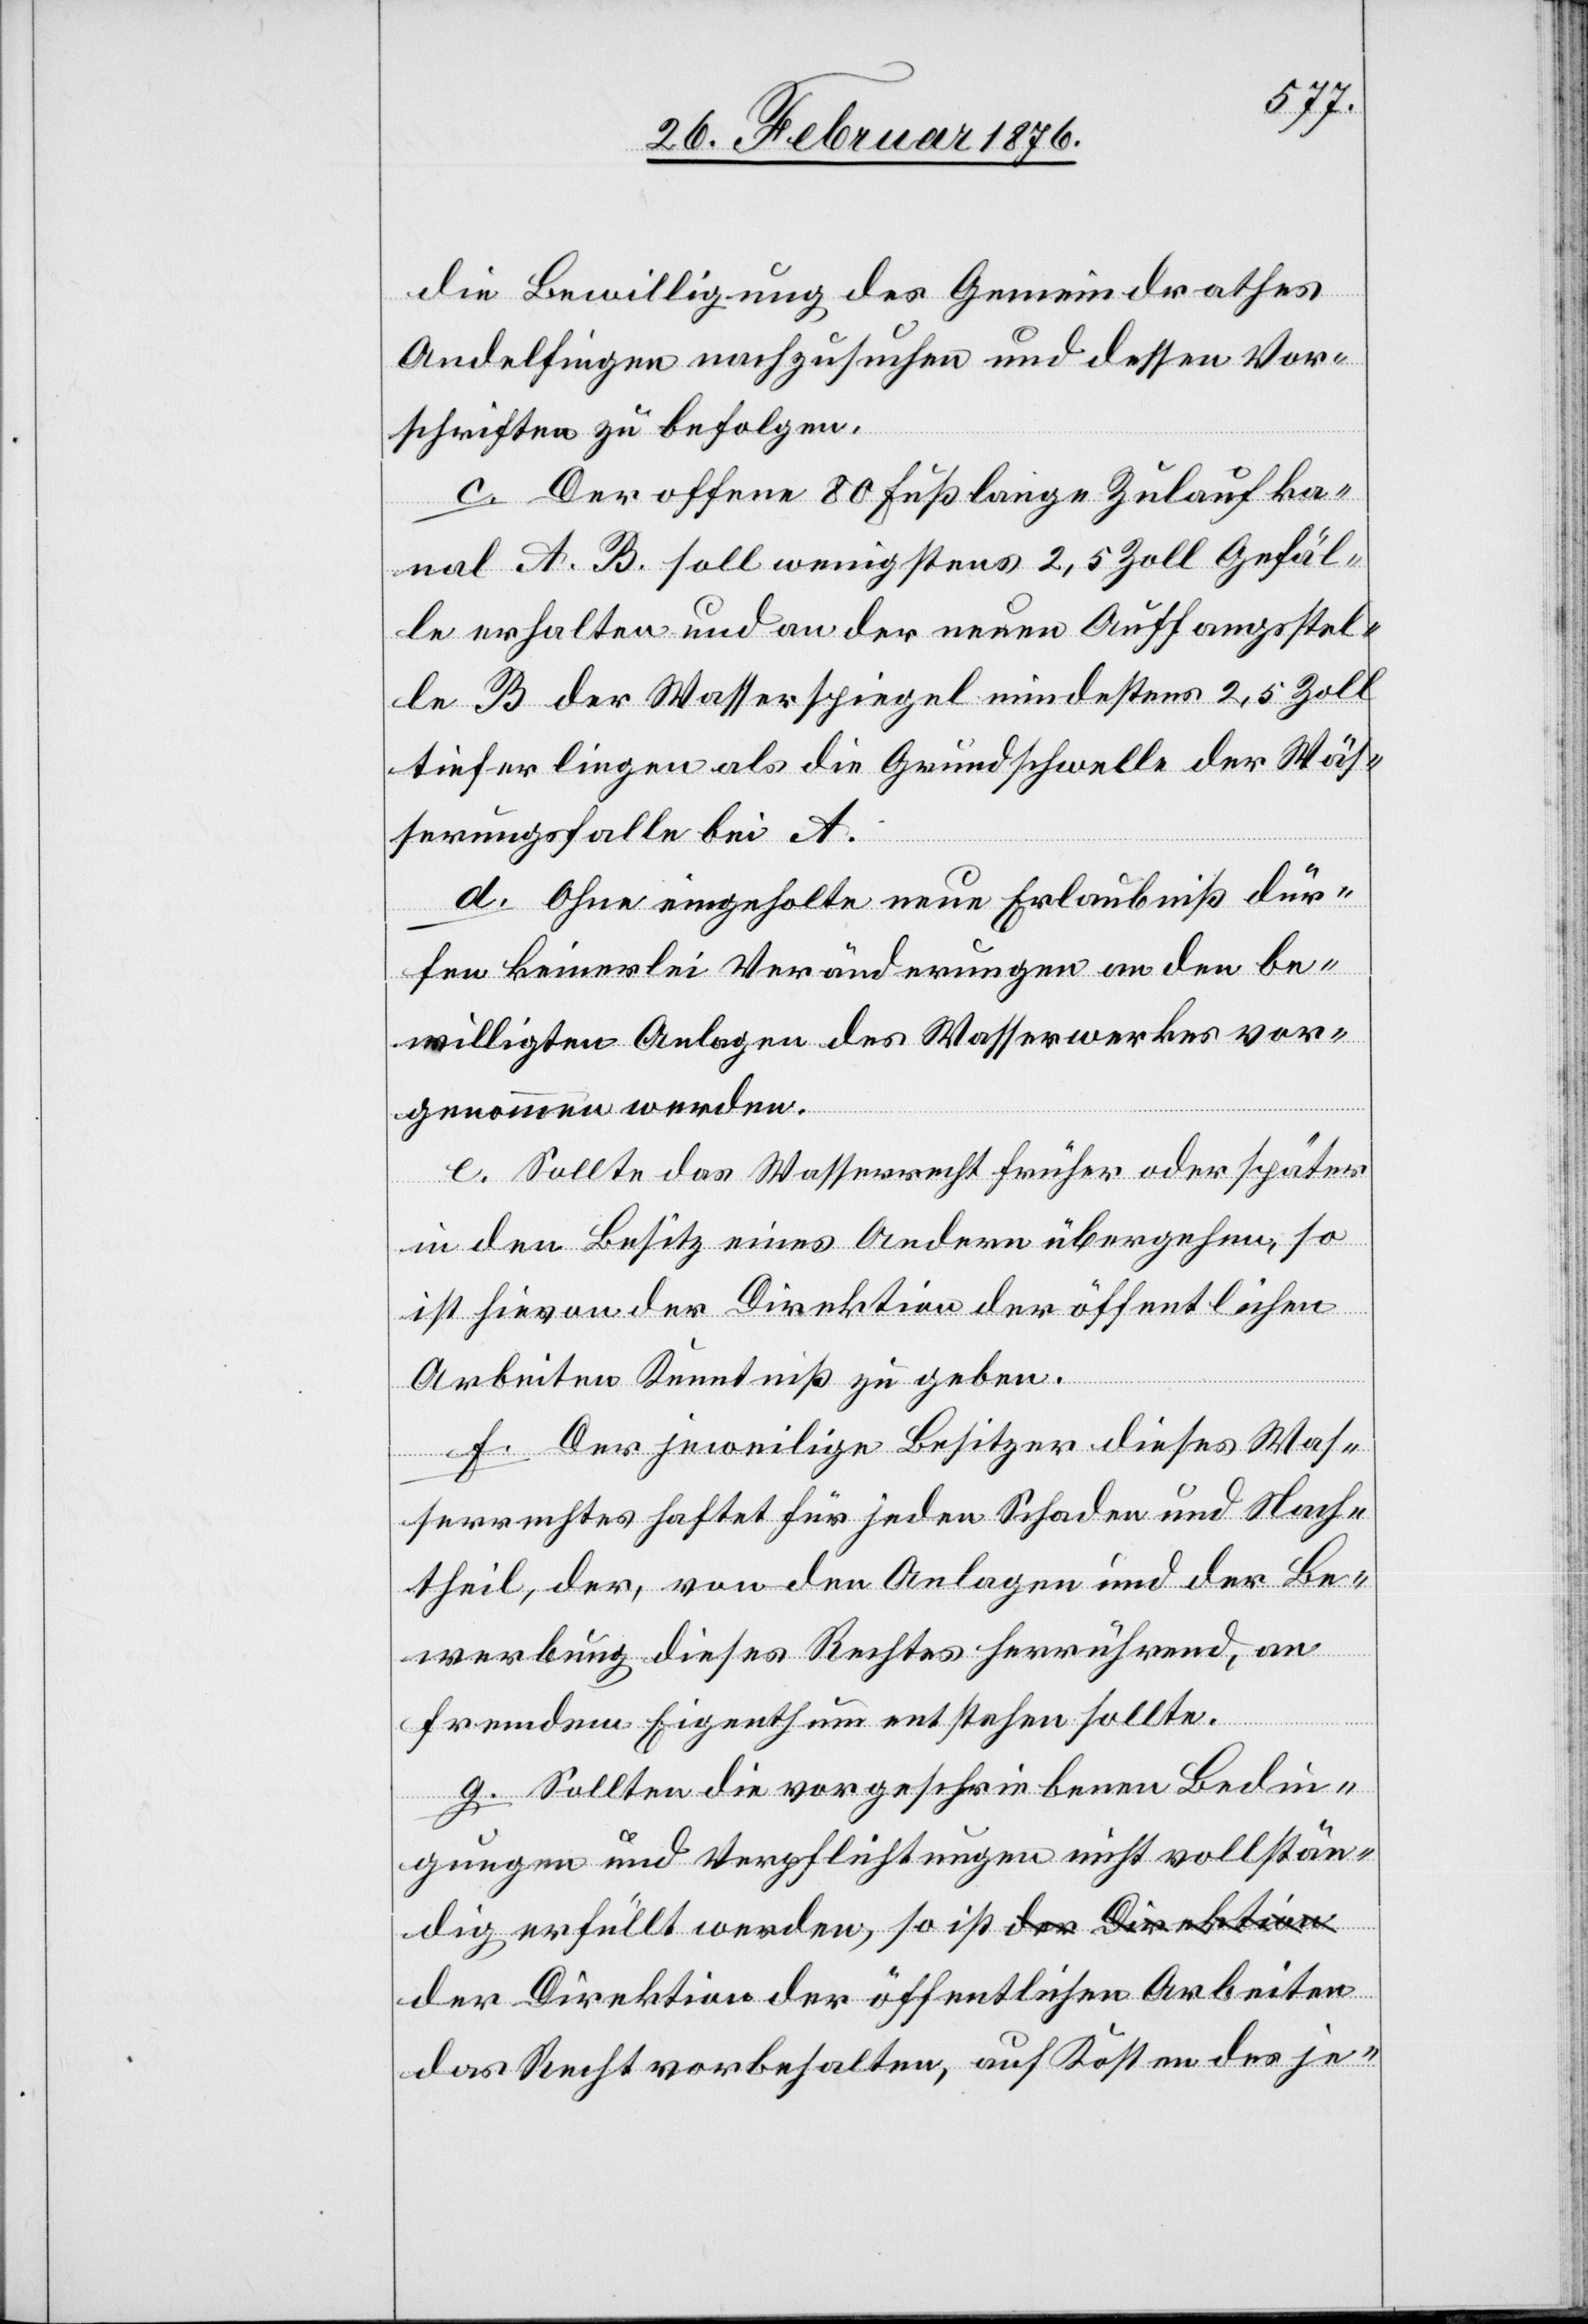
die Bewilligung des Gemeindrathes
Andelfingen nachzusuchen und dessen Vor¬
schriften zu befolgen.
c. Der offene 80 Fuß lange Zulaufka¬
nal A. B. soll wenigstens 2,5 Zoll Gefäl¬
le erhalten und an der neuen Auffangstel¬
le B der Wasserspiegel mindestens 2,5 Zoll
tiefer liegen als die Grundschwelle der Wäs¬
serungsfalle bei A.
d. Ohne eingeholte neue Erlaubniß dür¬
fen keinerlei Veränderungen an den be¬
willigten Anlagen des Wasserwerkes vor¬
genommen werden.
e. Sollte das Wasserrecht früher oder später
der
in den Besitz eines Andern übergehen, so
ist hievon der Direktion der öffentlichen
Arbeiten Kenntniß zu geben.
f. Der jeweilige Besitzer dieses Was¬
serrechtes haftet für jeden Schaden und Nach¬
theil, der, von den Anlagen und der Be¬
werbung dieses Rathes herrührend, an
fremdem Eigenthum entstehen sollte.
g. Sollten die vorgeschriebenen Bedin¬
gungen und Verpflichtungen nicht vollstän¬
dig erfüllt werden, so ist der Direktion
das Recht vorbehalten, auf Kosten des je-